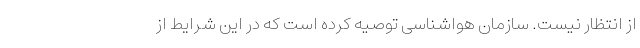
از انتظار نیست. سازمان هواشناسی توصیه کرده است که در این شرایط از